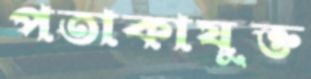
পতাকাযুক্ত